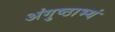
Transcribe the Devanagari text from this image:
अंगुष्ठाभ्यं